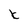
Character: k